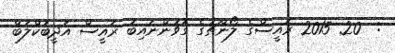
:  20